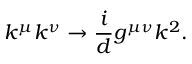
k ^ { \mu } k ^ { \nu } \rightarrow \frac { i } { d } g ^ { \mu \nu } k ^ { 2 } .